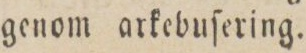
genom arkebuſering.